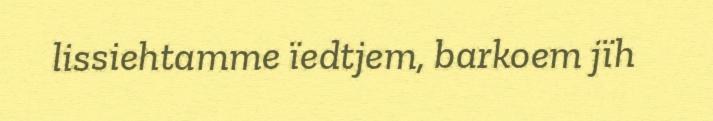
lissiehtamme ïedtjem, barkoem jïh